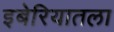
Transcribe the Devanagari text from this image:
इबेरियातला